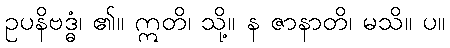
ဥပနိဗဒ္ဓံ၊ ၏။ ဣတိ၊ သို့။ န ဇာနာတိ၊ မသိ။ ပ။